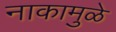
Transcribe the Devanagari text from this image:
नाकामुळे